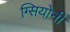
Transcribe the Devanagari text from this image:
ग्सियोनी